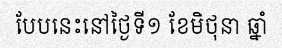
បែបនេះនៅថ្ងៃទី១ ខែមិថុនា ឆ្នាំ